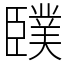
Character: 䑑